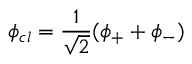
\phi _ { c l } = \frac { 1 } { \sqrt { 2 } } ( \phi _ { + } + \phi _ { - } )